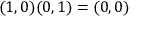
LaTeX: ( 1 , 0 ) ( 0 , 1 ) = ( 0 , 0 )